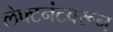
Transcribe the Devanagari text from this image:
लेफ्टनंटवरून